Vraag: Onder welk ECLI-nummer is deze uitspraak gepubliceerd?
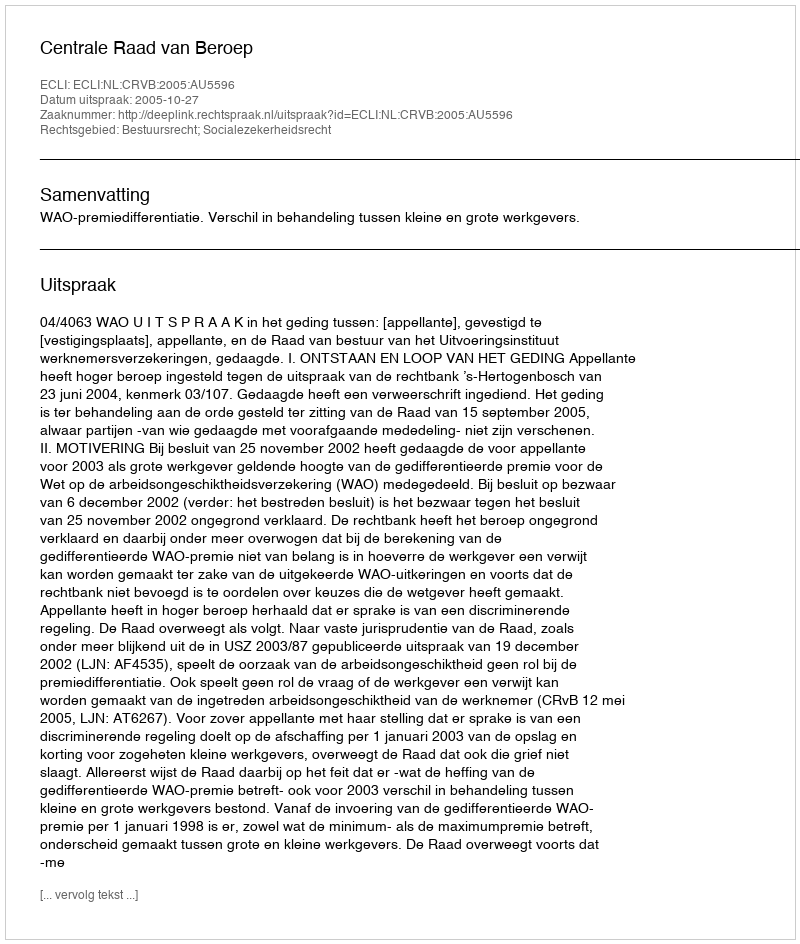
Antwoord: ECLI:NL:CRVB:2005:AU5596